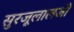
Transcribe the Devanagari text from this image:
सुरजूलालजी